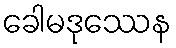
ခေါမဒုဿေန